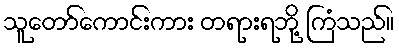
သူတော်ကောင်းကား တရားရဘို့ ကြံသည်။